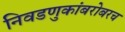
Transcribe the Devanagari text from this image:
निवडणुकांबरोबरच